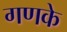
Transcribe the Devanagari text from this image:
गणके